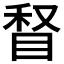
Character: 𰥥